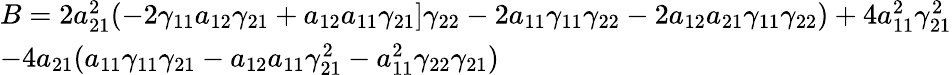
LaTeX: \begin{array}{l}{B=2a_{21}^{2}(-2\gamma_{11}a_{12}\gamma_{21}+a_{12}a_{11}\gamma_{21}]\gamma_{22}-2a_{11}\gamma_{11}\gamma_{22}-2a_{12}a_{21}\gamma_{11}\gamma_{22})+4a_{11}^{2}\gamma_{21}^{2}}\\ {-4a_{21}(a_{11}\gamma_{11}\gamma_{21}-a_{12}a_{11}\gamma_{21}^{2}-a_{11}^{2}\gamma_{22}\gamma_{21})}\end{array}